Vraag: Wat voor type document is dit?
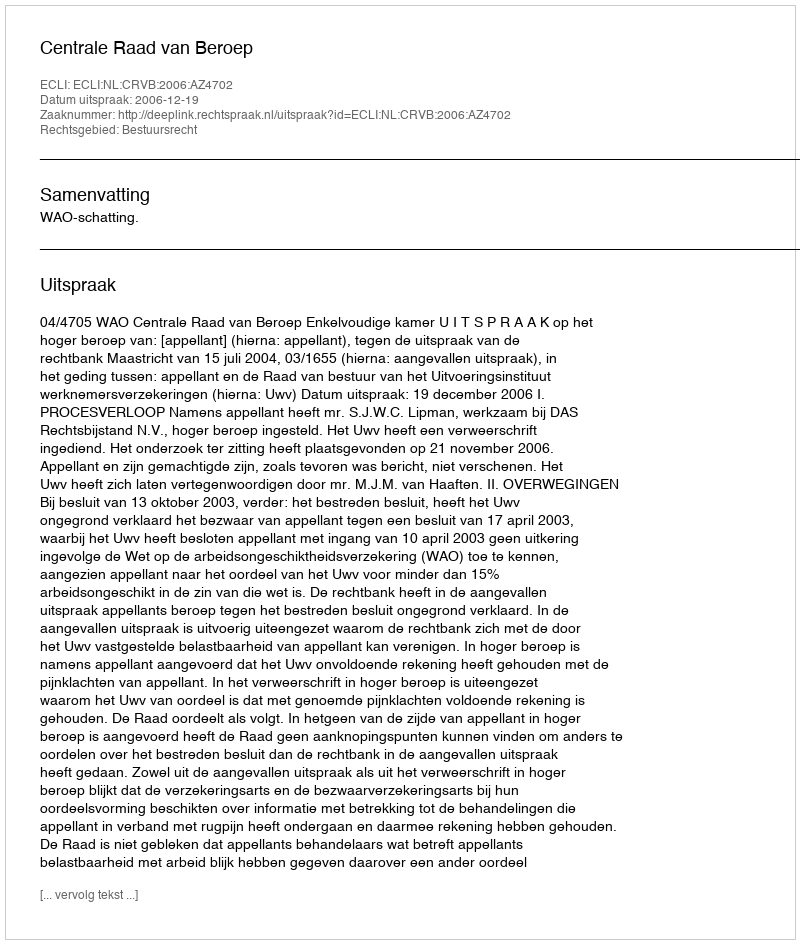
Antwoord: Uitspraak